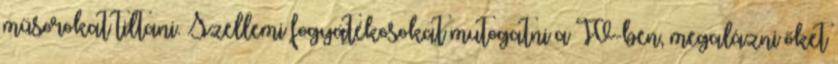
műsorokat tiltani. Szellemi fogyatékosokat mutogatni a TV-ben, megalázni őket